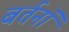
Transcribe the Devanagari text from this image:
बर्तनॉ